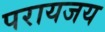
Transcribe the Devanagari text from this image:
परायजय